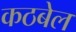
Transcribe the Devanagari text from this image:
कठबेल